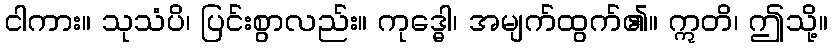
ငါကား။ သုသံပိ၊ ပြင်းစွာလည်း။ ကုဒ္ဓေါ၊ အမျက်ထွက်၏။ ဣတိ၊ ဤသို့။